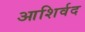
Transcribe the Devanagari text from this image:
आशिर्वद